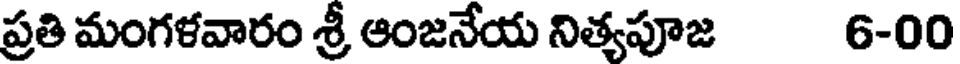
ప్రతి మంగళవారం శ్రీ ఆంజనేయ నిత్యపూజ 6-00